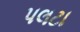
પલટા